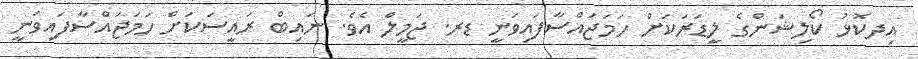
އިދކޮޅު ކޯލިޝަންގެ ލީޑަރަކަށް ހަމަޖައްސާފައިވަނީ ޑރ. ޖަމީލް އެވެ. ނައިބް ރައީސަކަށް ހަމަޖައްސާފައިވަނީ